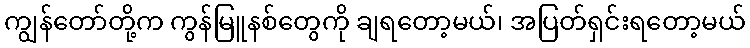
ကျွန်တော်တို့က ကွန်မြူနစ်တွေကို ချရတော့မယ်၊ အပြတ်ရှင်းရတော့မယ်